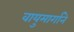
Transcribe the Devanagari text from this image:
वायुमार्गाने